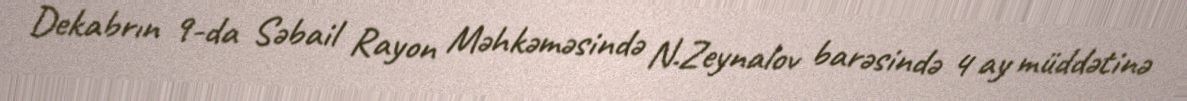
Dekabrın 9-da Səbail Rayon Məhkəməsində N.Zeynalov barəsində 4 ay müddətinə